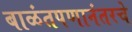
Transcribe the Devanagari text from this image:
बाळंतपणानंतरचे